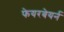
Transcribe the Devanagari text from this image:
फेयरबेयर्न